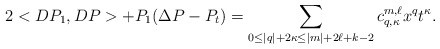
\begin{align*}2 <DP_1,DP> + P_1(\Delta P -P_t) = \sum_{0\le |q|+2\kappa\le |m|+2\ell + k - 2} c^{m ,\ell}_{q,\kappa} x^q t^\kappa.\end{align*}